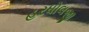
હરધોલજી